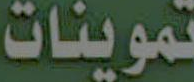
تموينات